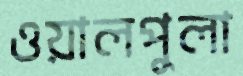
ওয়ালপুলা